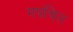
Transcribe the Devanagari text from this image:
गपचित